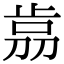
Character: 𣥴